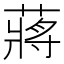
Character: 蔣